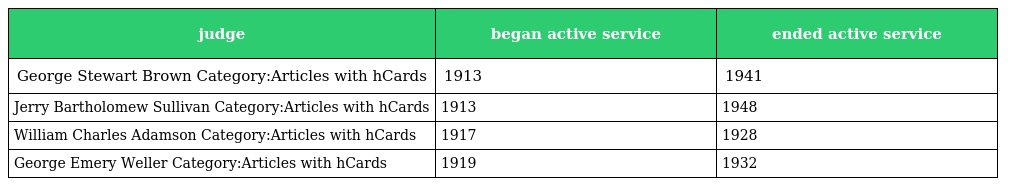
| judge | began active service | ended active service |
 | --- | --- | --- |
 | George Stewart Brown Category:Articles with hCards | 1913 | 1941 |
 | Jerry Bartholomew Sullivan Category:Articles with hCards | 1913 | 1948 |
 | William Charles Adamson Category:Articles with hCards | 1917 | 1928 |
 | George Emery Weller Category:Articles with hCards | 1919 | 1932 |